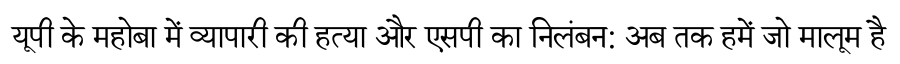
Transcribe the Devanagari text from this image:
यूपी के महोबा में व्यापारी की हत्या और एसपी का निलंबन: अब तक हमें जो मालूम है